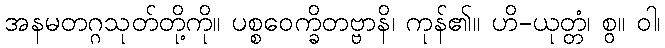
အနမတဂ္ဂသုတ်တို့ကို။ ပစ္စဝေက္ခိတဗ္ဗာနိ၊ ကုန်၏။ ဟိ-ယုတ္တံ၊ စွ။ ဝါ၊